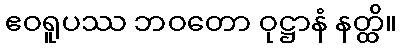
ဧဝရူပဿ ဘဝတော ဝုဋ္ဌာနံ နတ္ထိ။